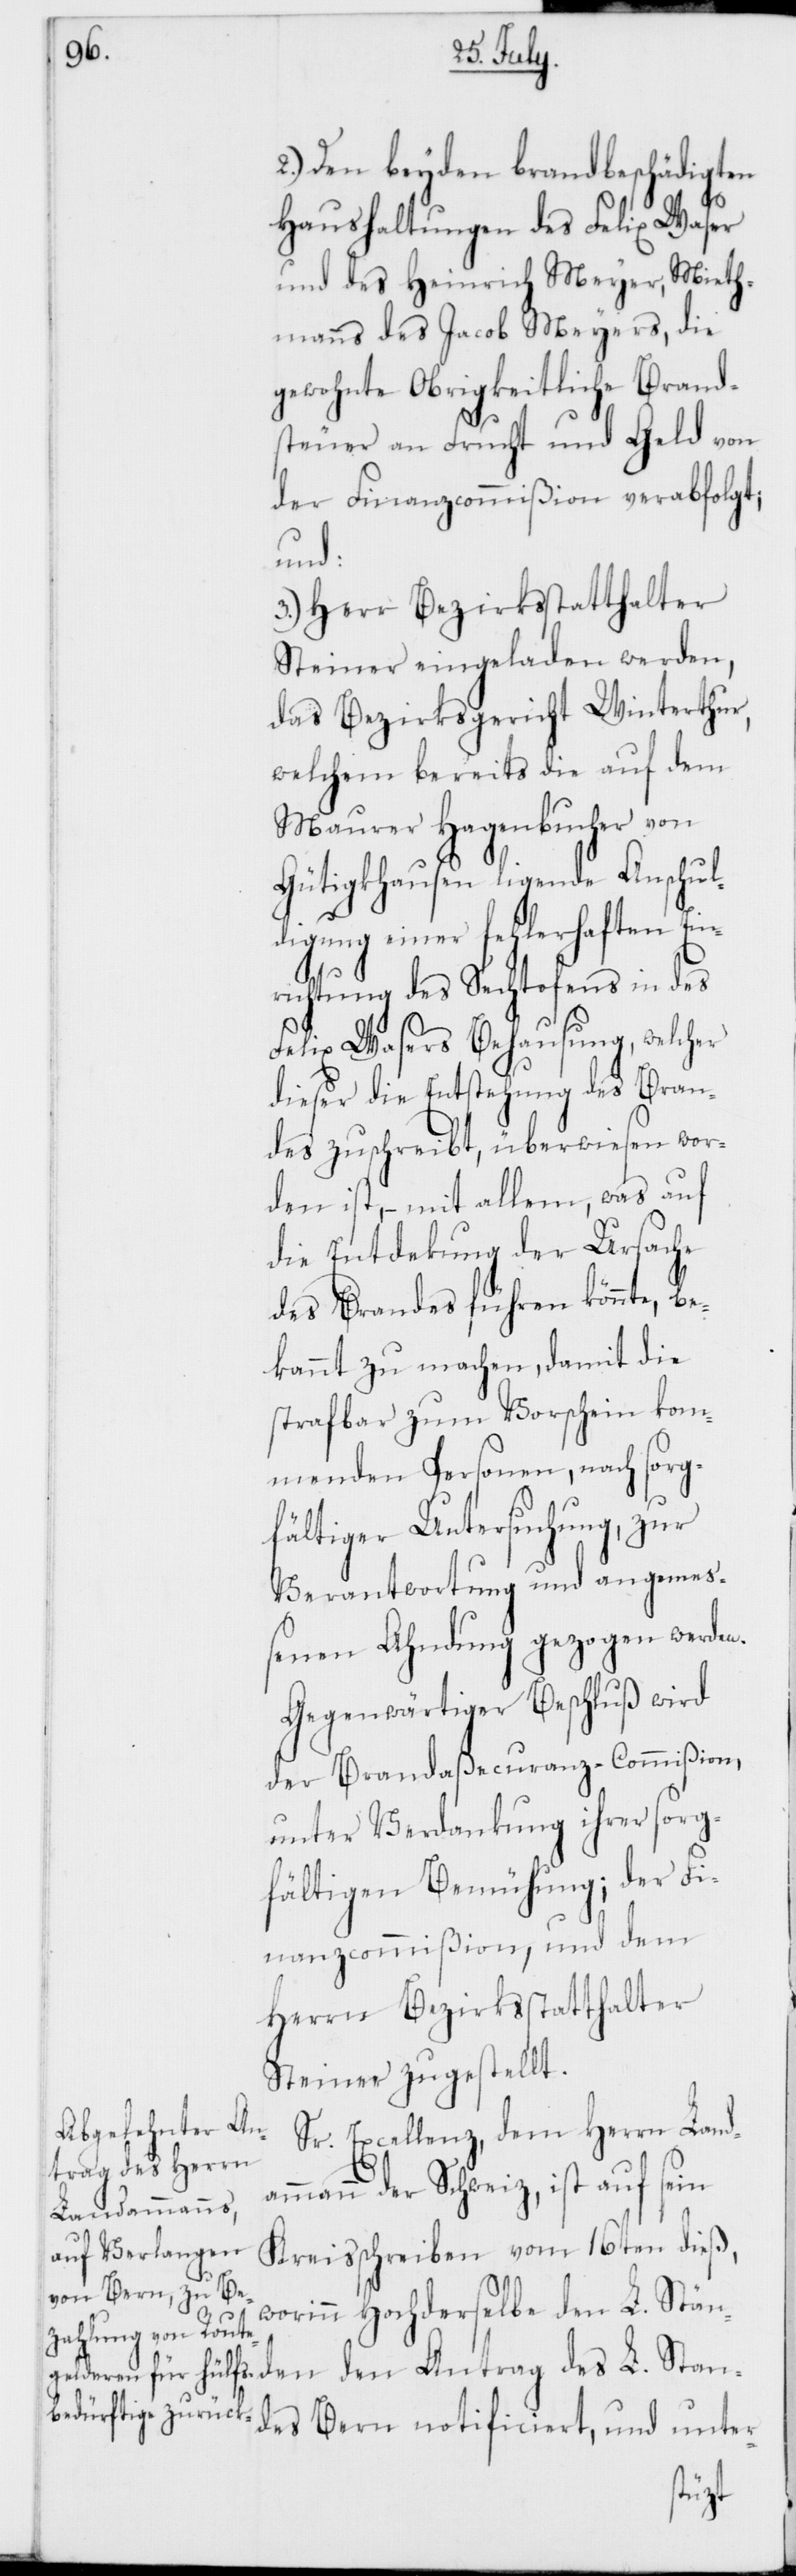
2.) Den beyden brandbeschädigten
Haushaltungen des Felix Waser
und des Heinrich Meyer, Mieth¬
manns des Jacob Meyers, die
gewohnte Obrigkeitliche Brand¬
steuer an Frucht und Geld von
der Finanzcommißion verabfolgt,
und:
3.) Herr Bezirksstatthalter
Steiner eingeladen werden,
das Bezirksgericht Winterthur,
welchem bereits die auf dem
Maurer Hagenbucher von
Gütigkhausen ligende Anschul¬
digung einer fehlerhaften Ein¬
richtung des Sechtofens in des
Felix Wasers Behausung, welcher
dieser die Entstehung des Bran¬
des zuschreibt, überwiesen wor¬
den ist, – mit allem, was auf
die Entdeckung der Ursache
des Brandes führen könnte, be¬
kannt zu machen, damit die
strafbar zum Vorschein kom¬
menden Personen, nach sorg¬
fältiger Untersuchung, zur
Verantwortung und angemeß¬
enen Ahndung gezogen werden.
Gegenwärtiger Beschluß wird
der Brandaßecuranz-Commißion,
unter Verdankung ihrer sorg¬
fältigen Bemühung; der Fi¬
nanzcommißion, und dem
Herrn Bezirksstatthalter
Steiner zugestellt.
Sr. Excellenz, dem Herrn Landa¬
mmann der Schweiz, ist auf sein
Kreisschreiben vom 16ten dieß,
worinn Hochderselbe den L. Stän¬
den den Antrag des L. Stan¬
des Bern notificiert und unter-